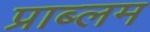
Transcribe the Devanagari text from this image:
प्राब्लम